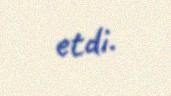
etdi.